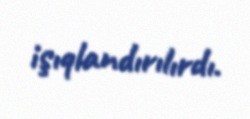
işıqlandırılırdı.